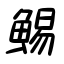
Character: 鯣